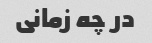
در چه زمانی